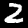
Label: 2